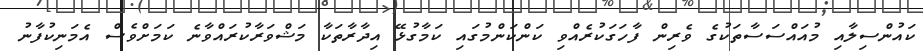
ކައުންސިލާއި މުއައްސަސާތަކުގެ ވެރިން ފާހަގަކުރެެއްވި ކަންކަންމުގައި ކަމާގުޅޭ އިދާރާތަކާ މަޝްވަރާކުރައްވާނެ ކަމަށްވެސް އެމަނިކުފާނު